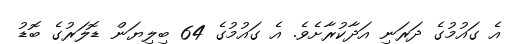
އެ ގައުމުގެ ދަރަނި އަދާކުރާށެވެ. އެ ގައުމުގެ 64 ބިލިޔަން ޑޮލަރުގެ ބޮޑު